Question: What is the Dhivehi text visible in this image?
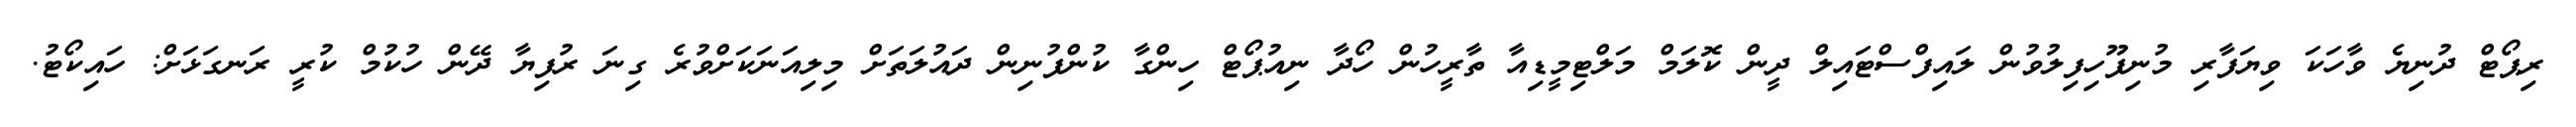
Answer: ރިޕޯޓް ދުނިޔެ ވާހަކަ ވިޔަފާރި މުނިފޫހިފިލުވުން ލައިފްސްޓައިލް ދީން ކޮލަމް މަލްޓިމީޑިއާ ތާރީހުން ހޯދާ ނިއުޕޯޓް ހިންގާ ކުންފުނިން ދައުލަތަށް މިލިއަނަކަށްވުރެ ގިނަ ރުފިޔާ ދޭން ހުކުމް ކުރީ ރަނގަޅަށް: ހައިކޯޓު.